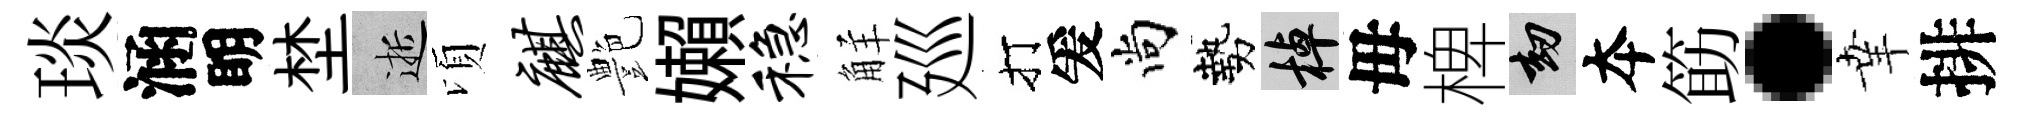
琰涵眀埜逝頃麒艶嬾稳觧廵打爰尚勢棹毋椑劫夲筯·𦍒排